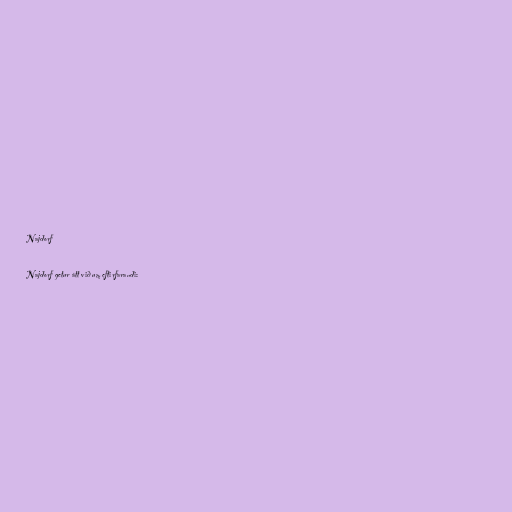
Najdorf

Najdorf getur átt við um eftirfarandi: